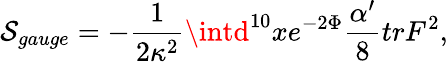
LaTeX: \mathcal{S}_{gauge}=-\frac{{1}}{{2\kappa^{2}}}\intd^{10}xe^{-2\Phi}\frac{{\alpha^{\prime}}}{{8}}trF^{2},